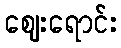
ဈေးရောင်း